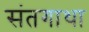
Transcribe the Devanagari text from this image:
संतगाथा